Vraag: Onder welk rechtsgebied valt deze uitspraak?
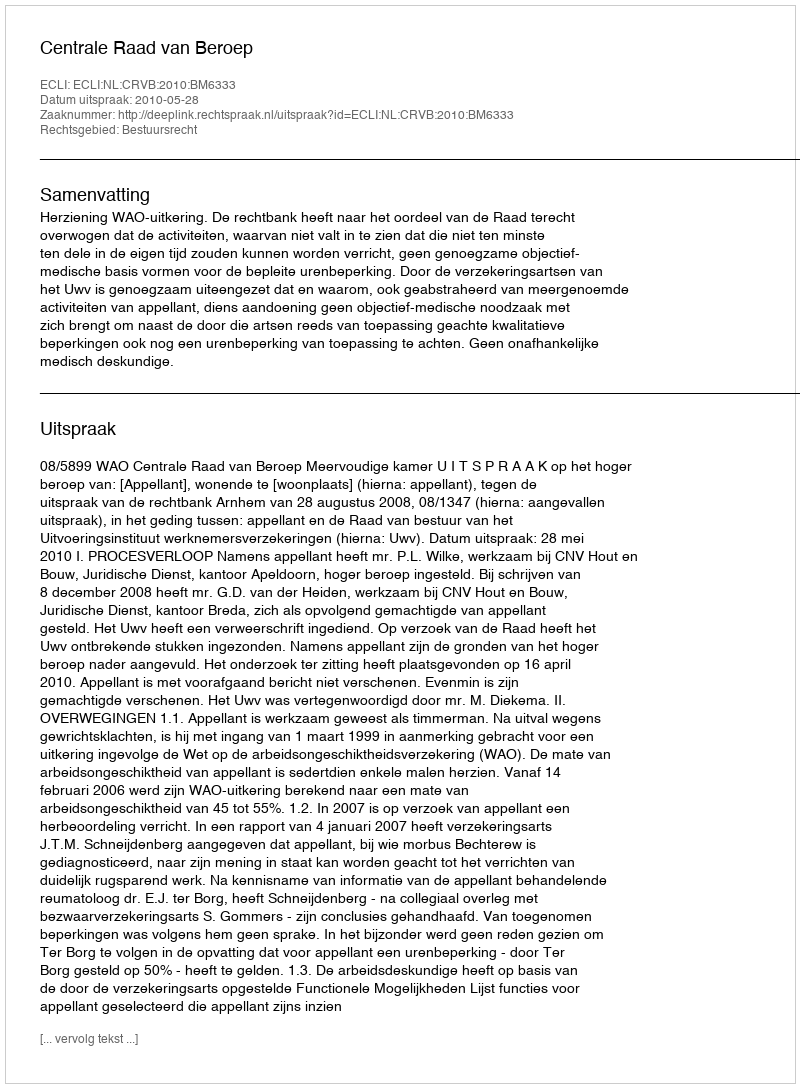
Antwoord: Bestuursrecht